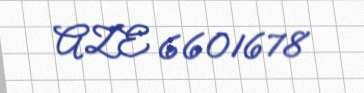
AZE 6601678